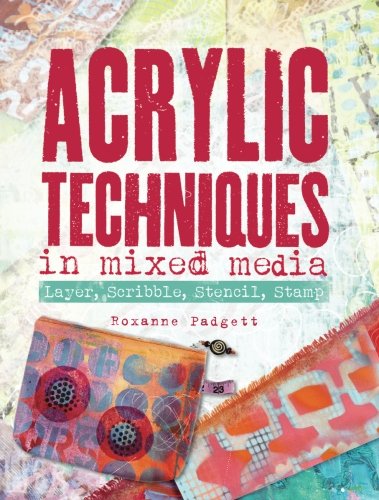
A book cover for Acrylic Techniques in Mixed Media: Layer, Scribble, Stencil, Stamp; Roxanne Padgett; Arts & Photography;